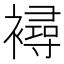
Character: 襑